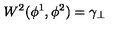
W ^ { 2 } ( \phi ^ { 1 } , \phi ^ { 2 } ) = \gamma _ { \perp }